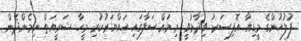
ފުލުހުންގެ މީޑިއާ އޮފިސަރު ވިދާޅުވީ މި މައްސަލާގައި ހައްޔަރުކުރި މީހާ ޝަރީއަތް ނިމެންދެން